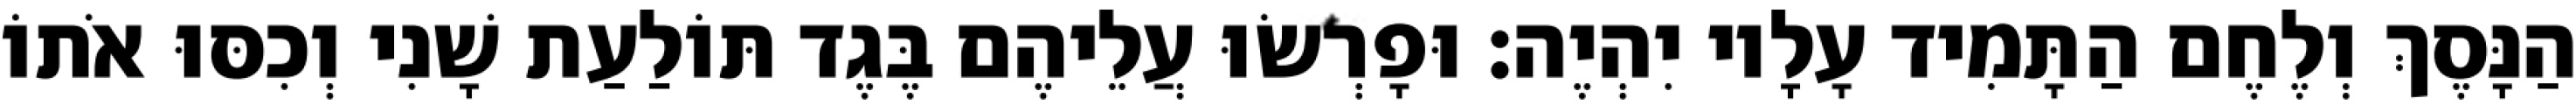
הַנָּסֶךְ וְלֶחֶם הַתָּמִיד עָלָיו יִהְיֶה׃ וּפָרְשׂוּ עֲלֵיהֶם בֶּגֶד תּוֹלַעַת שָׁנִי וְכִסּוּ אֹתוֹ